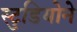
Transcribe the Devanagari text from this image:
स्टुडियोने